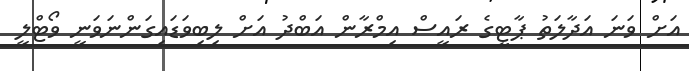
އަށް ވަނަ އަދާލަތު ޕާޓީގެ ރައީސް އިމްރާން އަބްދު އަށް ލިބިވަޑައިގަންނަވަނީ ވޯޓްލީ